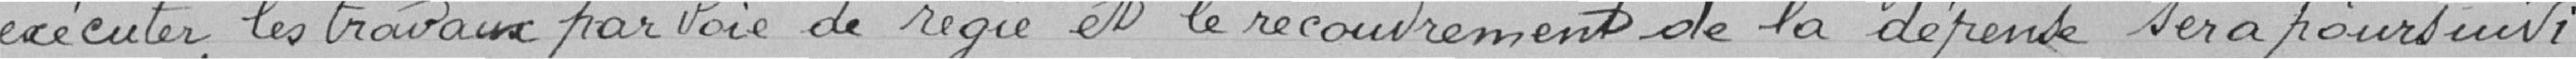
exécuter les travaux par voie de régie et le recouvrement de la dépense sera poursuivi